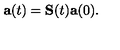
\mathbf { a } ( t ) = \mathbf { S } ( t ) \mathbf { a } ( 0 ) .